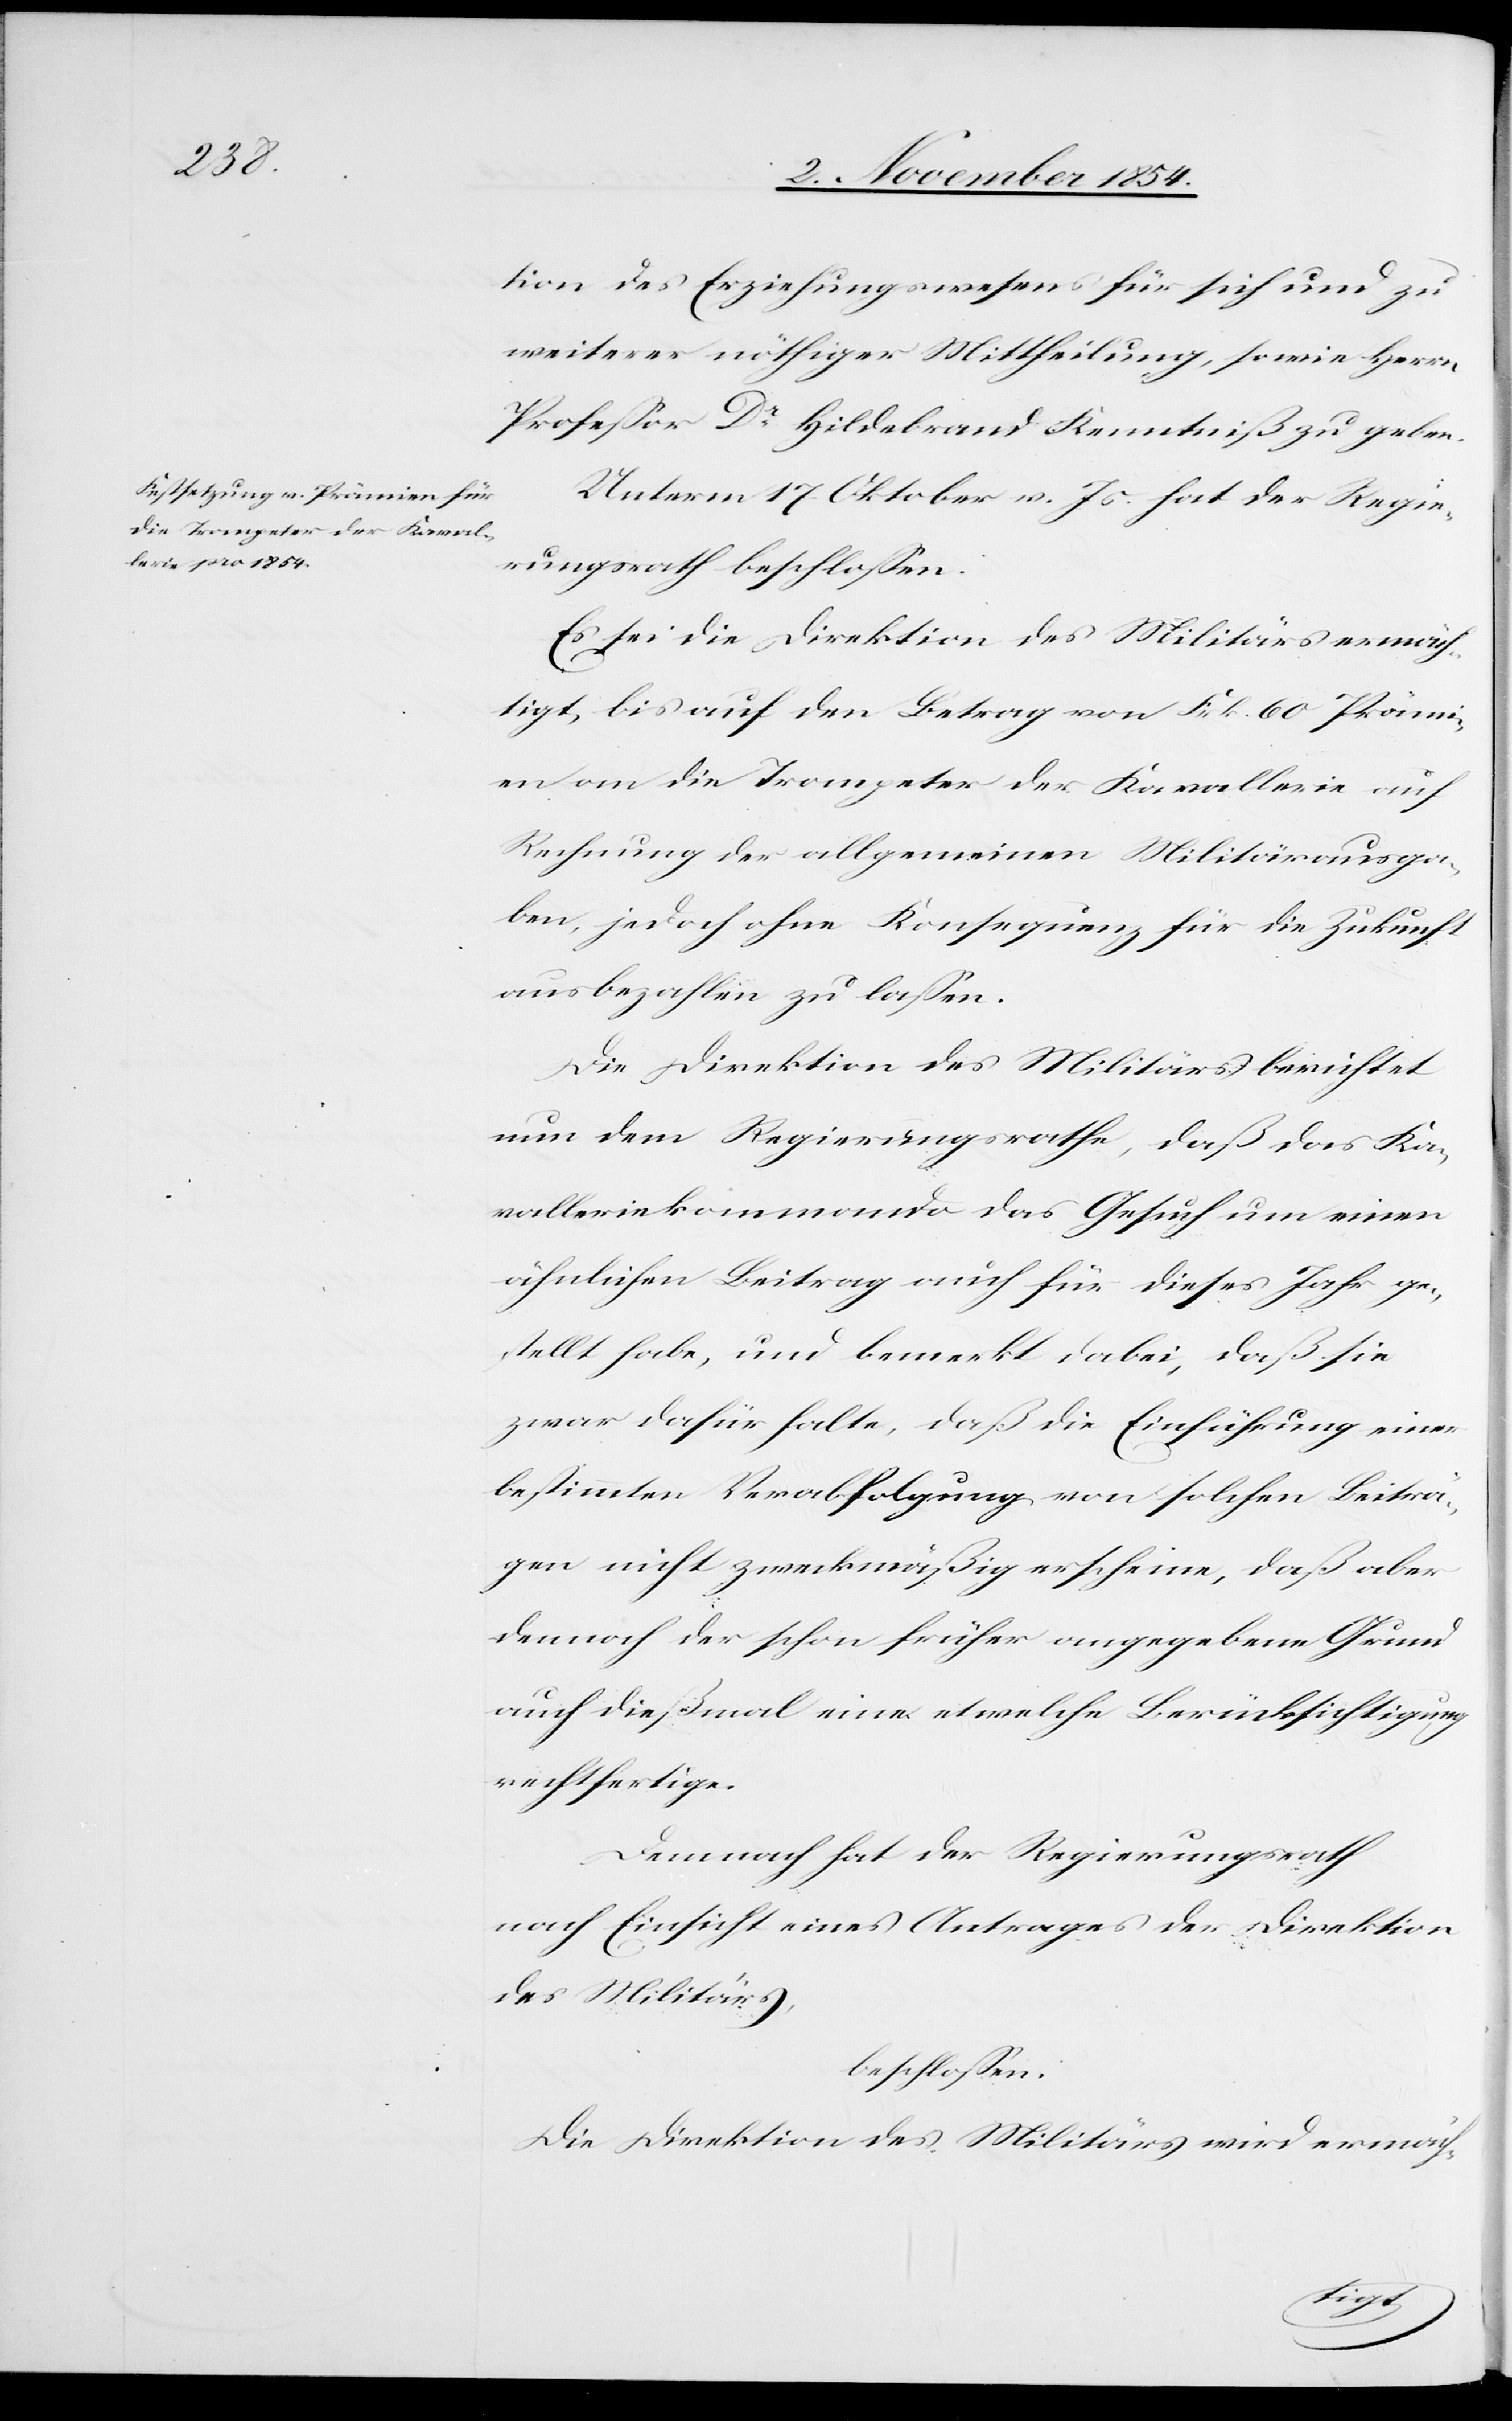
tion des Erziehungswesens für sich und zu
weitere nöthiger Mittheilung, sowie Herrn
Profeßor Dr Hildebrand Kenntniß zu geben.
Unterm 17. Oktober v. Js. hat der Regie¬
rungsrath beschloßen:
Es sei die Direktion des Militärs ermäch¬
tigt, bis auf den Betrag von Frk. 60 Prämi¬
en an die Trompeter der Kavallerie auf
Rechnung der allgemeinen Militärausga¬
ben, jedoch ohne Konsequenz für die Zukunft
ausbezahlen zu laßen.
Die Direktion des Militärs berichtet
nun dem Regierungsrathe, daß das Ka¬
valleriekommando das Gesuch um einen
ähnlichen Beitrag auch für dieses Jahr ge¬
stellt habe, und bemerkt dabei, daß sie
zwar dafür halte, daß die Einführung einer
bestimmten Verabfolgung von solchen Beiträ¬
gen nicht zweckmäßig erscheine, daß aber
dennoch der schon früher angegebene Grund
auch dießmal eine etwelche Berücksichtigung
rechtfertige.
Demnach hat der Regierungsrath
nach Einsicht eines Antrages der Direktion
des Militärs,
beschloßen:
Die Direktion des Militärs wird ermäch-